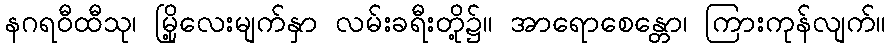
နဂရဝီထီသု၊ မြို့လေးမျက်နှာ လမ်းခရီးတို့၌။ အာရောစေန္တော၊ ကြားကုန်လျက်။